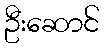
ဦးဆောင်